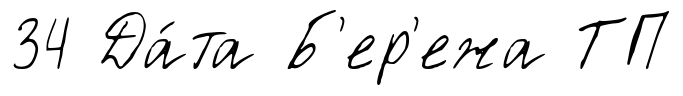
34 Да́та Б'ер'ежа ТП